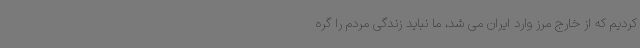
کردیم که از خارج مرز وارد ایران می شد، ما نباید زندگی مردم را گره